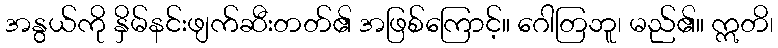
အနွယ်ကို နှိမ်နင်းဖျက်ဆီးတတ်၏ အဖြစ်ကြောင့်။ ဂေါတြဘူ၊ မည်၏။ ဣတိ၊